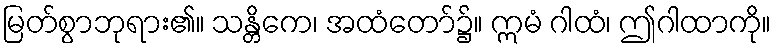
မြတ်စွာဘုရား၏။ သန္တိကေ၊ အထံတော်၌။ ဣမံ ဂါထံ၊ ဤဂါထာကို။